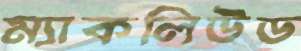
ম্যাকলিউড